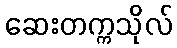
ဆေးတက္ကသိုလ်